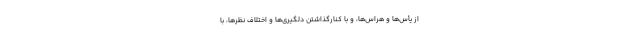
از یأس‌ها و هراس‌ها، و با کنارگذاشتن دلگیری‌ها و اختلاف نظرها، با